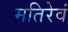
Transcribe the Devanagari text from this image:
मतिरेवं